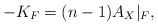
\begin{align*}-K_F=(n-1)A_X\vert_F,\end{align*}